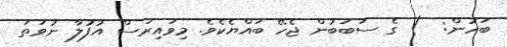
ބަހުން:  ) ގެ ސަބަބުން ޖެހޭ ބައްޔެކެވެ. މިވައިރަސް އުފުލާ ނުވަތަ